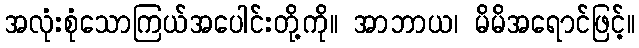
အလုံးစုံသောကြယ်အပေါင်းတို့ကို။ အာဘာယ၊ မိမိအရောင်ဖြင့်။